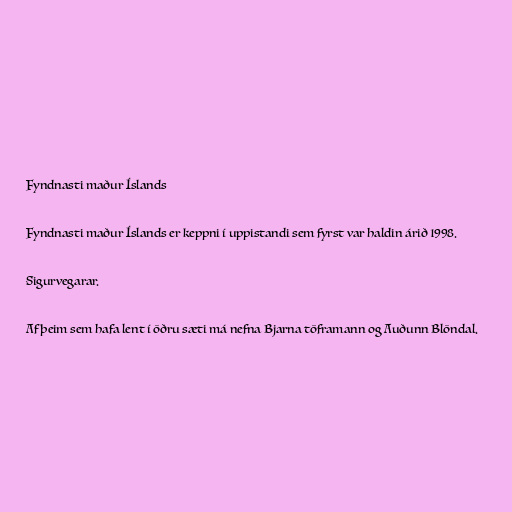
Fyndnasti maður Íslands

Fyndnasti maður Íslands er keppni í uppistandi sem fyrst var haldin árið 1998.

Sigurvegarar.

Af þeim sem hafa lent í öðru sæti má nefna Bjarna töframann og Auðunn Blöndal.